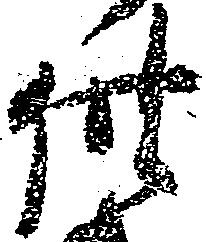
供